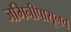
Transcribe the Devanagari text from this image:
जमिनीपासूनच